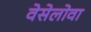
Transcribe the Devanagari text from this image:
वेसेलोवा